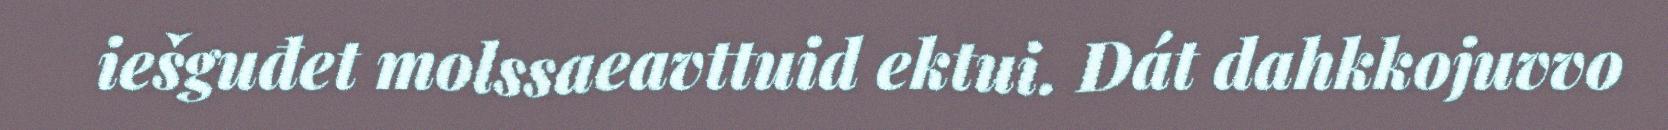
iešguđet molssaeavttuid ektui. Dát dahkkojuvvo